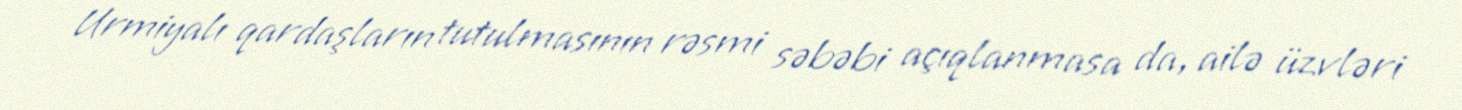
Urmiyalı qardaşların tutulmasının rəsmi səbəbi açıqlanmasa da, ailə üzvləri